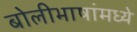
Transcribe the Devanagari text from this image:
बोलीभाषांमध्ये